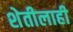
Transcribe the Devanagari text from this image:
शेतीलाही